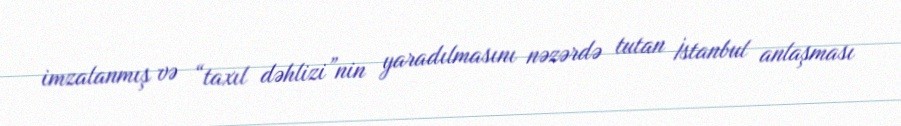
imzalanmış və “taxıl dəhlizi”nin yaradılmasını nəzərdə tutan İstanbul anlaşması